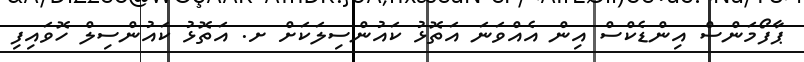
ޕާފޯމަންސް އިންޑެކްސް އިން އެއްވަނަ އަތޮޅު ކައުންސިލަކަށް ށ. އަތޮޅު ކައުންސިލް ހޮވައިފި